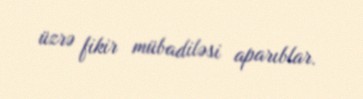
üzrə fikir mübadiləsi aparıblar.